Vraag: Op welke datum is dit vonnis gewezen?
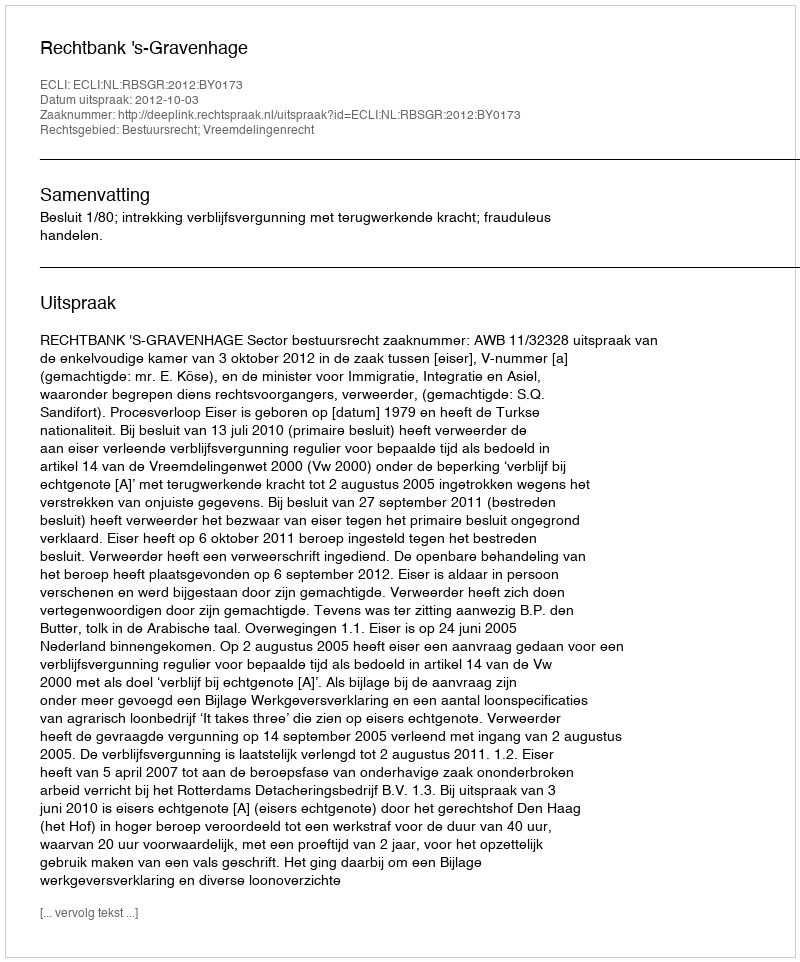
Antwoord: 2012-10-03